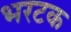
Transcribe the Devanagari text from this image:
भरटक